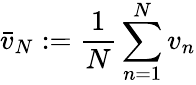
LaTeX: {\bar{v}}_{N}:={\frac{1}{N}}\sum_{n=1}^{N}v_{n}